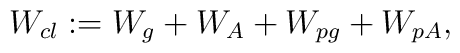
W_{cl} : = W_g + W_A + W_{pg} + W_{pA},